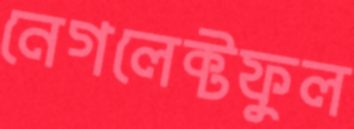
নেগলেক্টফুল